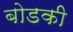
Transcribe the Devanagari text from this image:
बोडकी